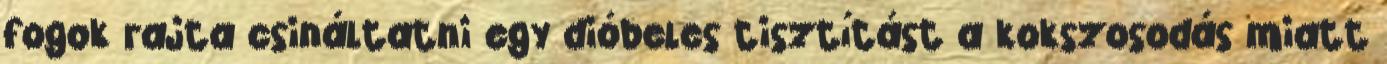
fogok rajta csináltatni egy dióbeles tisztítást a kokszosodás miatt